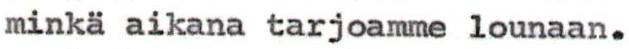
minkä aikana tarjoamme lounaan.